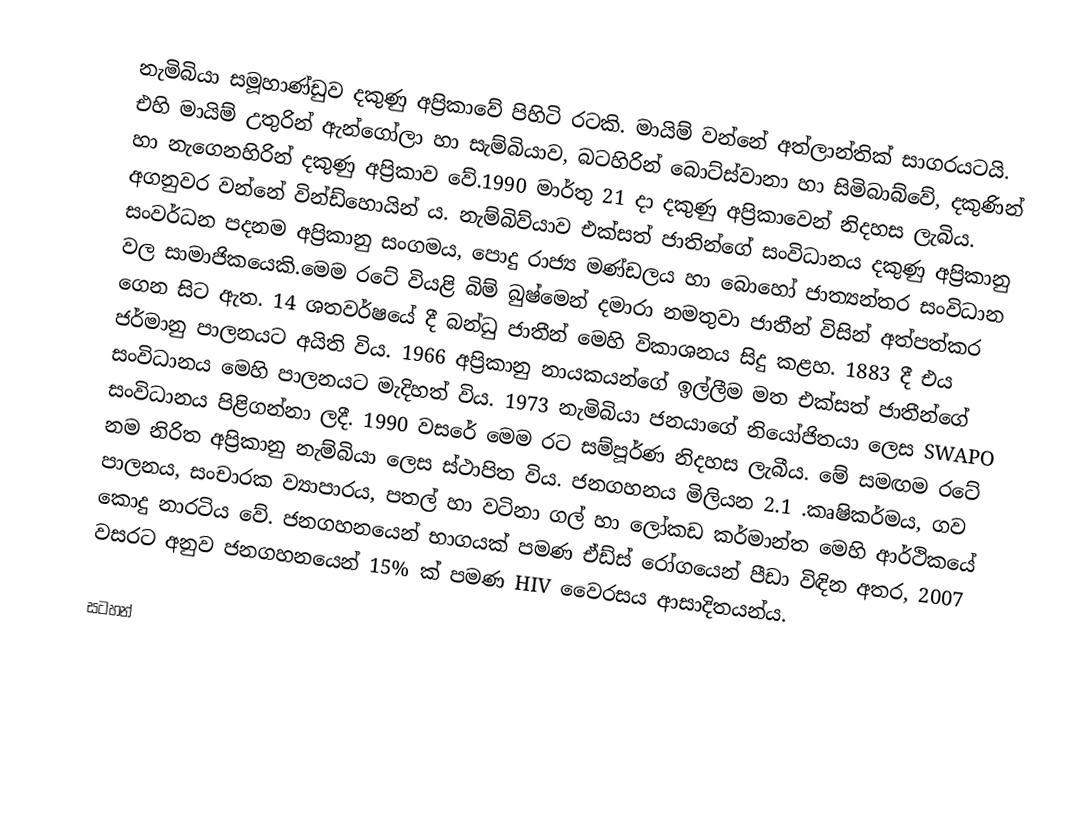
නැමිබියා සමූහාණ්ඩුව දකුණු අප්‍රිකාවේ පිහිටි රටකි. මායිම් වන්නේ අත්ලාන්තික් සාගරය‍‍ටයි. එහි මායිම් උතුරින් ඇන්ගෝලා හා සැම්බියාව, බටහිරින් ‍බොට්ස්වානා හා සිමිබාබ්වේ, දකුණින් හා නැගෙනහිරින් දකුණු අප්‍රිකාව වේ.1990 මාර්තු 21 දා දකුණු අප්‍රිකාවෙන් නිදහස ලැබිය. අගනුවර වන්නේ වින්ඩ්හොයින් ය. නැම්බිව්යාව එක්සත් ජාතින්ගේ සංවිධානය දකුණු අප්‍රිකානු  සංවර්ධන පදනම අප්‍රිකානු  සංගමය, පොදු රාජ්‍ය මණ්ඩලය හා බොහෝ ජාත්‍යන්තර සංවිධාන වල සාමාජිකයෙකි.මෙම රටේ වියළි බිම් බුෂ්මෙන් දමාරා නමතුවා ජාතීන් විසින් අත්පත්කර ගෙන  සිට ඇත. 14 ශතවර්ෂයේ දී බන්ධු ජාතීන් මෙහි විකාශනය සිදු කළහ. 1883 දී එය ජර්මානු පාලනයට අයිති විය. 1966 අප්‍රිකානු නායකයන්ගේ ඉල්ලීම මත එක්සත් ජාතීන්ගේ සංවිධානය මෙහි පාලනයට මැදිහත් විය. 1973 නැමිබියා ජනයාගේ නියෝජිතයා ලෙස SWAPO සංවිධානය  පිළිගන්නා ලදී. 1990 වසරේ මෙම රට සම්පූර්ණ නිදහස  ලැබීය. මේ සමඟම  රටේ නම නිරිත අප්‍රිකානු නැම්බියා ලෙස ස්ථාපිත  විය. ජනගහනය මිලියන 2.1 .කෘෂිකර්මය, ගව පාලනය, සංචාරක ව්‍යාපාරය, පතල් හා වටිනා ගල් හා ලෝකඩ කර්මාන්ත මෙහි ආර්ථිකයේ  කොදු නාරටිය වේ. ජනගහනයෙන් භාගයක් පමණ ඒඩ්ස් රෝගයෙන් පීඩා විඳින අතර, 2007 වසරට අනුව ජනගහනයෙන් 15% ක් පමණ HIV       වෛරසය ආසාදිතයන්ය.

සටහන්